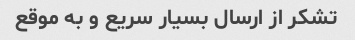
تشکر از ارسال بسیار سریع و به موقع